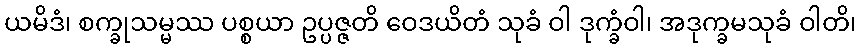
ယမိဒံ၊ စက္ခုသမ္မဿ ပစ္စယာ ဥပ္ပဇ္ဇတိ ဝေဒယိတံ သုခံ ဝါ ဒုက္ခံဝါ၊ အဒုက္ခမသုခံ ဝါတိ၊